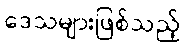
ဒေသများဖြစ်သည့်